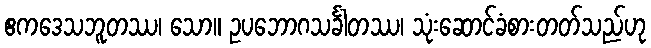
ဧကဒေသဘူတဿ၊ သော။ ဥပဘောဂသင်္ခါတဿ၊ သုံးဆောင်ခံစားတတ်သည်ဟု